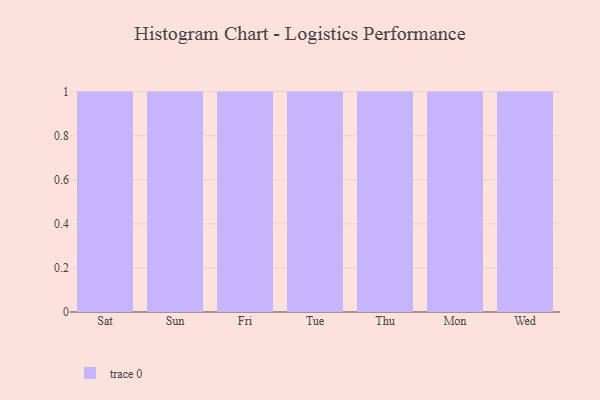
{"axis": {"x": "Day", "y": "Headcount"}, "legend": [""], "data": [{"x": "Sat", "y": 99, "type": ""}, {"x": "Sun", "y": 51, "type": ""}, {"x": "Fri", "y": 76, "type": ""}, {"x": "Tue", "y": 87, "type": ""}, {"x": "Thu", "y": 49, "type": ""}, {"x": "Mon", "y": 62, "type": ""}, {"x": "Wed", "y": 13, "type": ""}]}